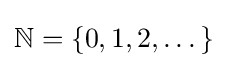
\mathbb {N} =\{0,1,2,\dots \}